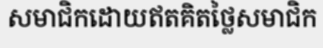
សមាជិកដោយឥតគិតថ្លៃសមាជិក